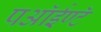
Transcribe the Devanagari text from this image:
पऑईण्टॅ